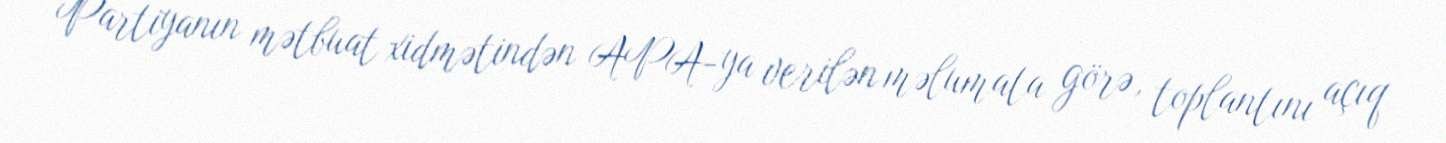
Partiyanın mətbuat xidmətindən APA-ya verilən məlumata görə, toplantını açıq